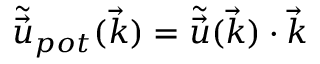
\tilde { \Vec { u } } _ { p o t } ( \Vec { k } ) = \tilde { \Vec { u } } ( \Vec { k } ) \cdot \Vec { k }